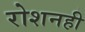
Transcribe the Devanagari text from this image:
रोशनही